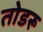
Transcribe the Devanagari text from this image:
तोडरू